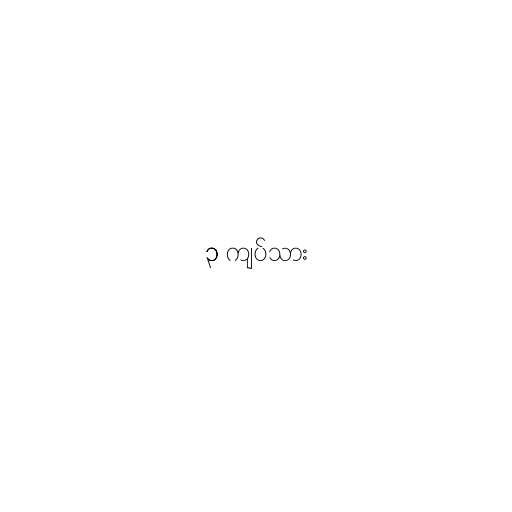
၃ ကျပ်သား